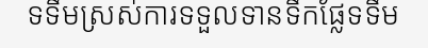
ទទឹមស្រស់ការទទួលទានទឹកផ្លែទទឹម